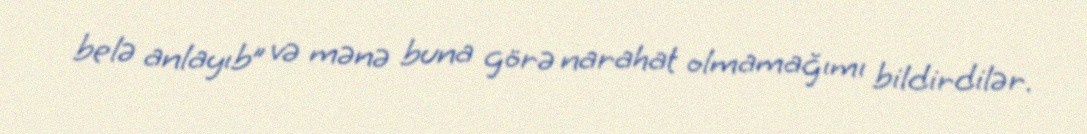
belə anlayıb” və mənə buna görə narahat olmamağımı bildirdilər.